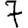
Digit: 7